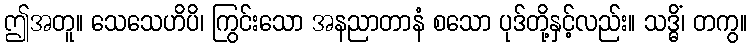
ဤအတူ။ သေသေဟိပိ၊ ကြွင်းသော အနညာတာနံ စသော ပုဒ်တို့နှင့်လည်း။ သဒ္ဓိံ၊ တကွ။